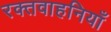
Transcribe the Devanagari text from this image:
रक्तवाहनियाँ